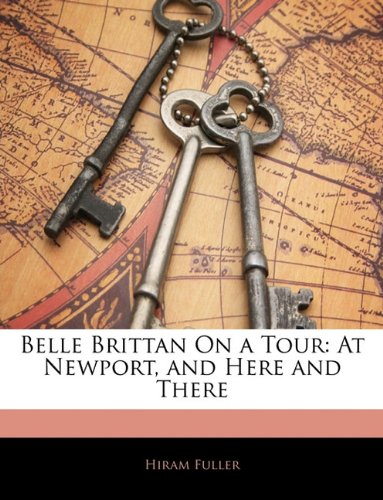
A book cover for Belle Brittan On a Tour: At Newport, and Here and There; Hiram Fuller; Travel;